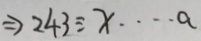
\Rightarrow 2 4 3 \div x \cdots a